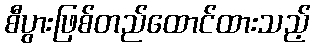
စီပွားဖြစ်တည်ထောင်ထားသည့်